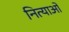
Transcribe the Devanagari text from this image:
नित्याओं